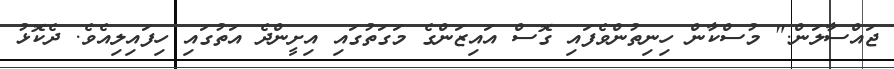
ޖައްސާލަން." މުސްކާން ހިނިތުންވެފައި ގޮސް އައިޒަންގެ މަގަތުގައި އިށީންދެ އަތުގައި ހިފައިލިއެވެ. ދެކޮޅު